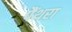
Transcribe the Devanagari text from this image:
पैंथरा